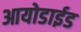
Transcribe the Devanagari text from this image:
आयोडाईड